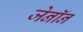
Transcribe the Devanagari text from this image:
जेनॉन